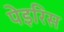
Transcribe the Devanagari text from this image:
पेइरिस